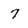
Character: 7